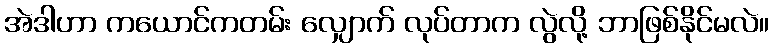
အဲဒါဟာ ကယောင်ကတမ်း လျှောက် လုပ်တာက လွဲလို့ ဘာဖြစ်နိုင်မလဲ။